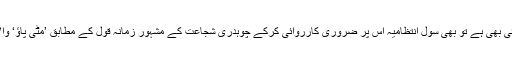
اگر ایک خاتون سے کچھ زیادتی ہوئی بھی ہے تو بھی سول انتظامیہ اس پر ضروری کارروائی کرکے چوہدری شجاعت کے مشہور زمانہ قول کے مطابق ’مٹی پاؤ‘ والا کام کرنے کی مہارت رکھتی ہے۔